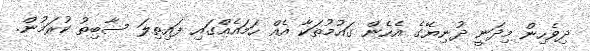
ދިވެހިން މިދަނީ ދުނިޔޭގެ އެހެން ގައުމުތަކާ އެއް ހަމައެއްގައި ފައިތިލަ ސާބިތު ކުރަމުން.